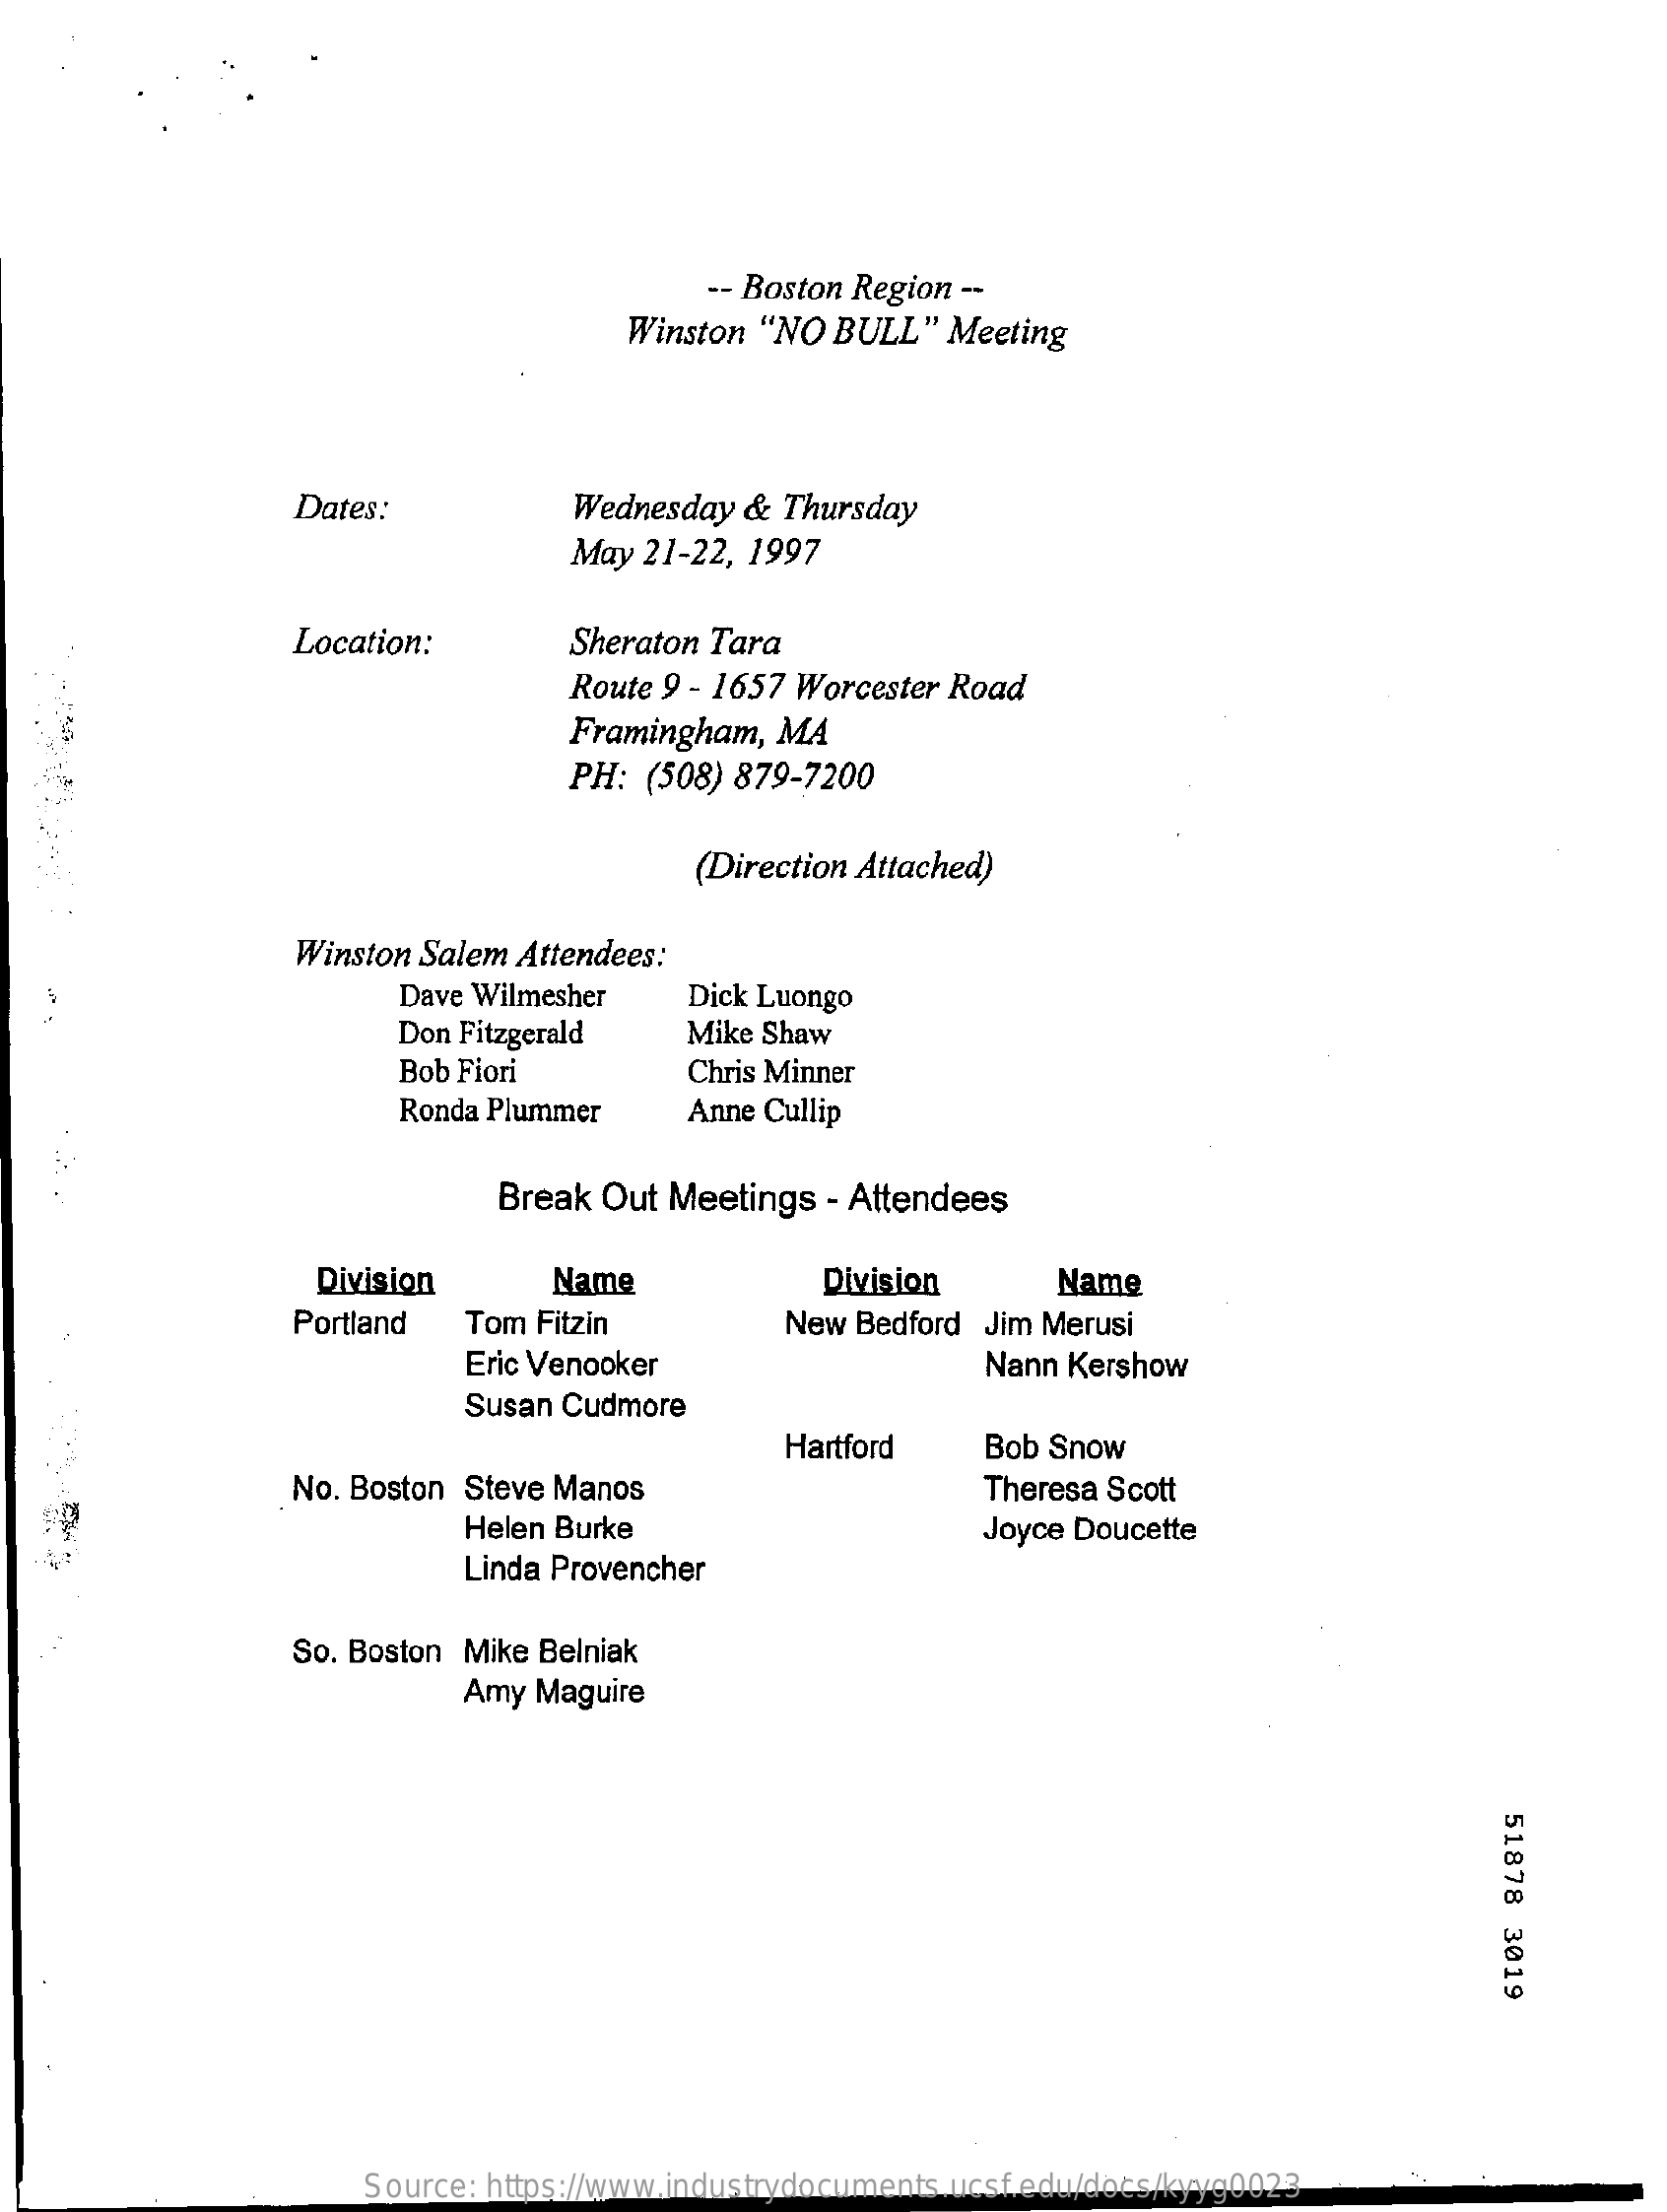
-- Boston Region --
     Winston "NO  BULL"  Meeting
     Dates:    Wednesday &  Thursday
     May  21-22, 1997
     Location:    Sheraton Tara
     Route 9 - 1657 Worcester Road
     Framingham,  MA
     PH: (508) 879-7200
     (Direction Attached)
     Winston Salem Attendees:
     Dave Wilmesher    Dick Luongo
     Don Fitzgerald   Mike Shaw
     Bob Fiori    Chris Minner
     Ronda Plummer    Anne Cullip
     Break Out Meetings  - Attendees
     Division    Name    Division    Name
     Portland   Tom Fitzin    New Bedford Jim Merusi
     Eric Venooker    Nann Kershow
     Susan Cudmore
     Hartford    Bob Snow
     No. Boston Steve Manos    Theresa Scott
     Helen Burke    Joyce Doucette
     Linda Provencher
     So. Boston Mike Belniak
     Amy  Maguire
     51878
     3019
     Source: https://www.industrydocuments.ucsf.edu/docs/kyyg0023